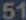
51